Report of the Indian Hemp Drugs Commission, 1894-1895 - Volume I
Year: 1894
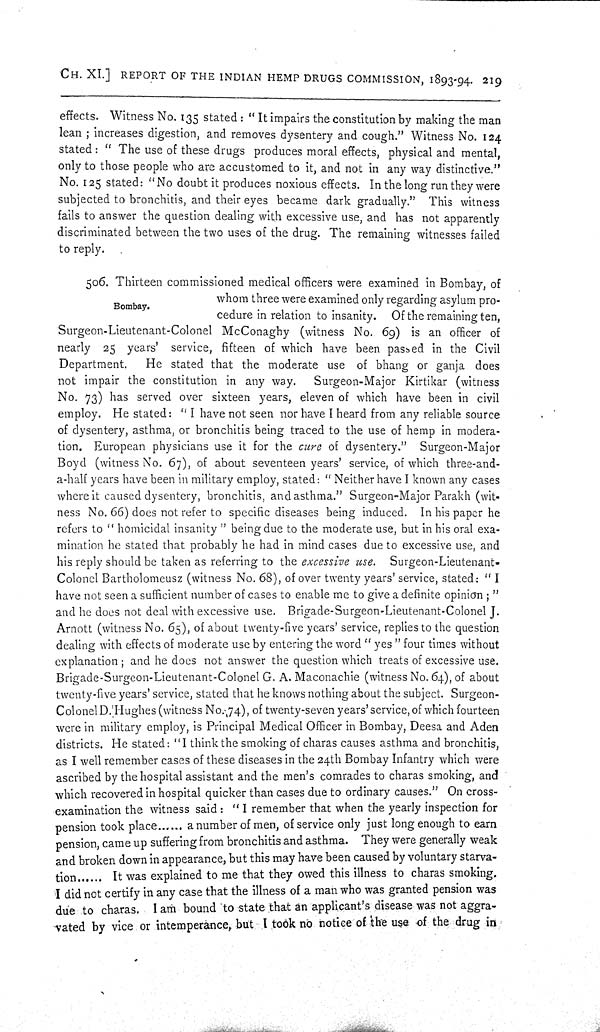
CH. XI.] REPORT OF THE INDIAN HEMP DRUGS COMMISSION, 1893-94. 219
effects. Witness No. 135 stated: "It impairs the constitution by making the man
lean; increases digestion, and removes dysentery and cough." Witness No. 124
stated: "The use of these drugs produces moral effects, physical and mental,
only to those people who are accustomed to it, and not in any way distinctive."
No. 125 stated: "No doubt it produces noxious effects. In the long run they were
subjected to bronchitis, and their eyes became dark gradually." This witness
fails to answer the question dealing with excessive use, and has not apparently
discriminated between the two uses of the drug. The remaining witnesses failed
to reply.
Bombay.
506. Thirteen commissioned medical officers were examined in Bombay, of
whom three were examined only regarding asylum pro-
cedure in relation to insanity. Of the remaining ten,
Surgeon-Lieutenant-Colonel McConaghy (witness No. 69) is an officer of
nearly 25 years' service, fifteen of which have been passed in the Civil
Department.
He stated that the moderate use of bhang or ganja does
not impair the constitution in any way.
Surgeon-Major Kirtikar (witness
No. 73) has served over sixteen years, eleven of which have been in civil
employ. He stated: "I have not seen nor have I heard from any reliable source
of dysentery, asthma, or bronchitis being traced to the use of hemp in modera-
tion. European physicians use it for the cure of dysentery." Surgeon-Major
Boyd (witness No. 67), of about seventeen years' service, of which three-and-
a-half years have been in military employ, stated: "Neither have I known any cases
where it caused dysentery, bronchitis, and asthma." Surgeon-Major Parakh (wit-
ness No. 66) does not refer to specific diseases being induced. In his paper he
refers to "homicidal insanity" being due to the moderate use, but in his oral exa-
mination he stated that probably he had in mind cases due to excessive use, and
his reply should be taken as referring to the excessive use. Surgeon-Lieutenant-
Colonel Bartholomeusz (witness No. 68), of over twenty years' service, stated: "I
have not seen a sufficient number of cases to enable me to give a definite opinion;"
and he does not deal with excessive use. Brigade-Surgeon-Lieutenant-Colonel J.
Arnott (witness No. 65), of about twenty-five years' service, replies to the question
dealing with effects of moderate use by entering the word "yes" four times without
explanation; and he does not answer the question which treats of excessive use.
Brigade-Surgeon-Lieutenant-Colonel G. A. Maconachie (witness No. 64), of about
twenty-five years' service, stated that he knows nothing about the subject. Surgeon-
Colonel D. Hughes (witness No. 74), of twenty-seven years' service, of which fourteen
were in military employ, is Principal Medical Officer in Bombay, Deesa and Aden
districts. He stated: "I think the smoking of charas causes asthma and bronchitis,
as I well remember cases of these diseases in the 24th Bombay Infantry which were
ascribed by the hospital assistant and the men's comrades to charas smoking, and
which recovered in hospital quicker than cases due to ordinary causes." On cross-
examination the witness said: "I remember that when the yearly inspection for
pension took place...... a number of men, of service only just long enough to earn
pension, came up suffering from bronchitis and asthma. They were generally weak
and broken down in appearance, but this may have been caused by voluntary starva-
tion...... It was explained to me that they owed this illness to charas smoking.
I did not certify in any case that the illness of a man who was granted pension was
due to charas. I am bound to state that an applicant's disease was not aggra-
vated by vice or intemperance, but I took no notice of the use of the drug in